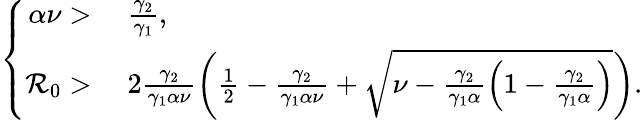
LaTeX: \left\{ \begin{array}{rl}{\alpha\nu>}&{\; \frac{\gamma_{2}}{\gamma_{1}},}\\ {\mathcal{R}_{0}>}&{\; 2\frac{\gamma_{2}}{\gamma_{1}\alpha\nu}\left(\frac{1}{2}-\frac{\gamma_{2}}{\gamma_{1}\alpha\nu}+\sqrt{\nu-\frac{\gamma_{2}}{\gamma_{1}\alpha}\left(1-\frac{\gamma_{2}}{\gamma_{1}\alpha}\right)}\right).}\end{array}\right.